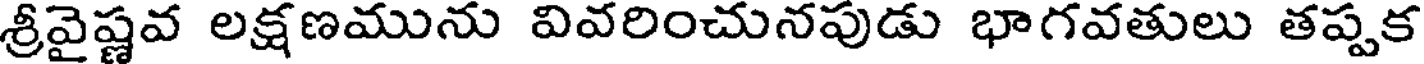
శ్రీవైష్ణవ లక్షణమును వివరించునపుడు భాగవతులు తప్పక